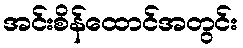
အင်းစိန်ထောင်အတွင်း